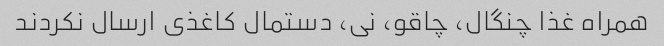
همراه غذا چنگال، چاقو، نی، دستمال کاغذی ارسال نکردند